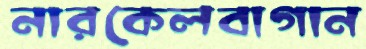
নারকেলবাগান